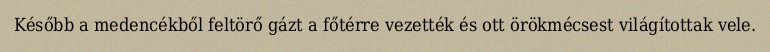
Később a medencékből feltörő gázt a főtérre vezették és ott örökmécsest világítottak vele.